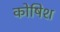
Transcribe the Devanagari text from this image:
कोषिश